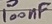
Text: 100nF